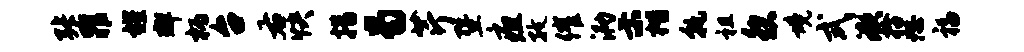
张罪耀群柄台右快措曷芹暨疽孜催泐示楷孰祖怨境式漱拾恕福